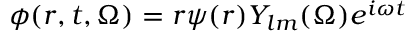
\phi ( r , t , \Omega ) = r \psi ( r ) Y _ { l m } ( \Omega ) e ^ { i \omega t }